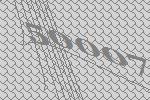
50007